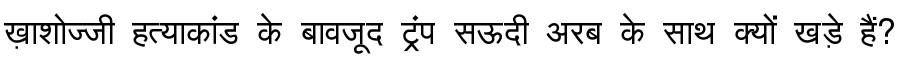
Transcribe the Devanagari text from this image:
ख़ाशोज्जी हत्याकांड के बावजूद ट्रंप सऊदी अरब के साथ क्यों खड़े हैं?